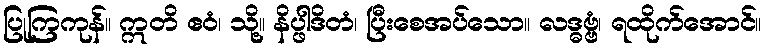
ပြုကြကုန်။ ဣတိ ဧဝံ၊ သို့။ နိပ္ဖါဒိတံ၊ ပြီးစေအပ်သော။ လဒ္ဓဗ္ဗံ၊ ရထိုက်အောင်။